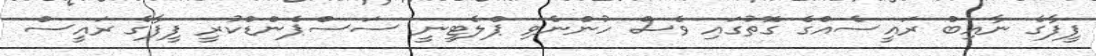
ފީފާގެ ނާއިބް ރައީސެއްގެ ގޮތުގައި ވެސް ހުންނެވި ޕްލެޓީނީ ސަސްޕެންޑްކުރީ ފީފާގެ ރައީސް